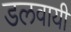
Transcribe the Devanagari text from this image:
डलवायी